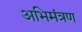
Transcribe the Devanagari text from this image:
अभिमंत्रण